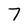
Character: 7